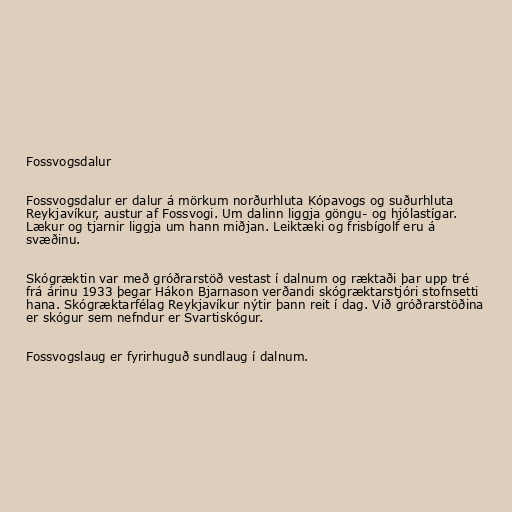
Fossvogsdalur

Fossvogsdalur er dalur á mörkum norðurhluta Kópavogs og suðurhluta
Reykjavíkur, austur af Fossvogi. Um dalinn liggja göngu- og hjólastígar.
Lækur og tjarnir liggja um hann miðjan. Leiktæki og frisbígolf eru á
svæðinu.

Skógræktin var með gróðrarstöð vestast í dalnum og ræktaði þar upp tré
frá árinu 1933 þegar Hákon Bjarnason verðandi skógræktarstjóri stofnsetti
hana. Skógræktarfélag Reykjavíkur nýtir þann reit í dag. Við gróðrarstöðina
er skógur sem nefndur er Svartiskógur.

Fossvogslaug er fyrirhuguð sundlaug í dalnum.